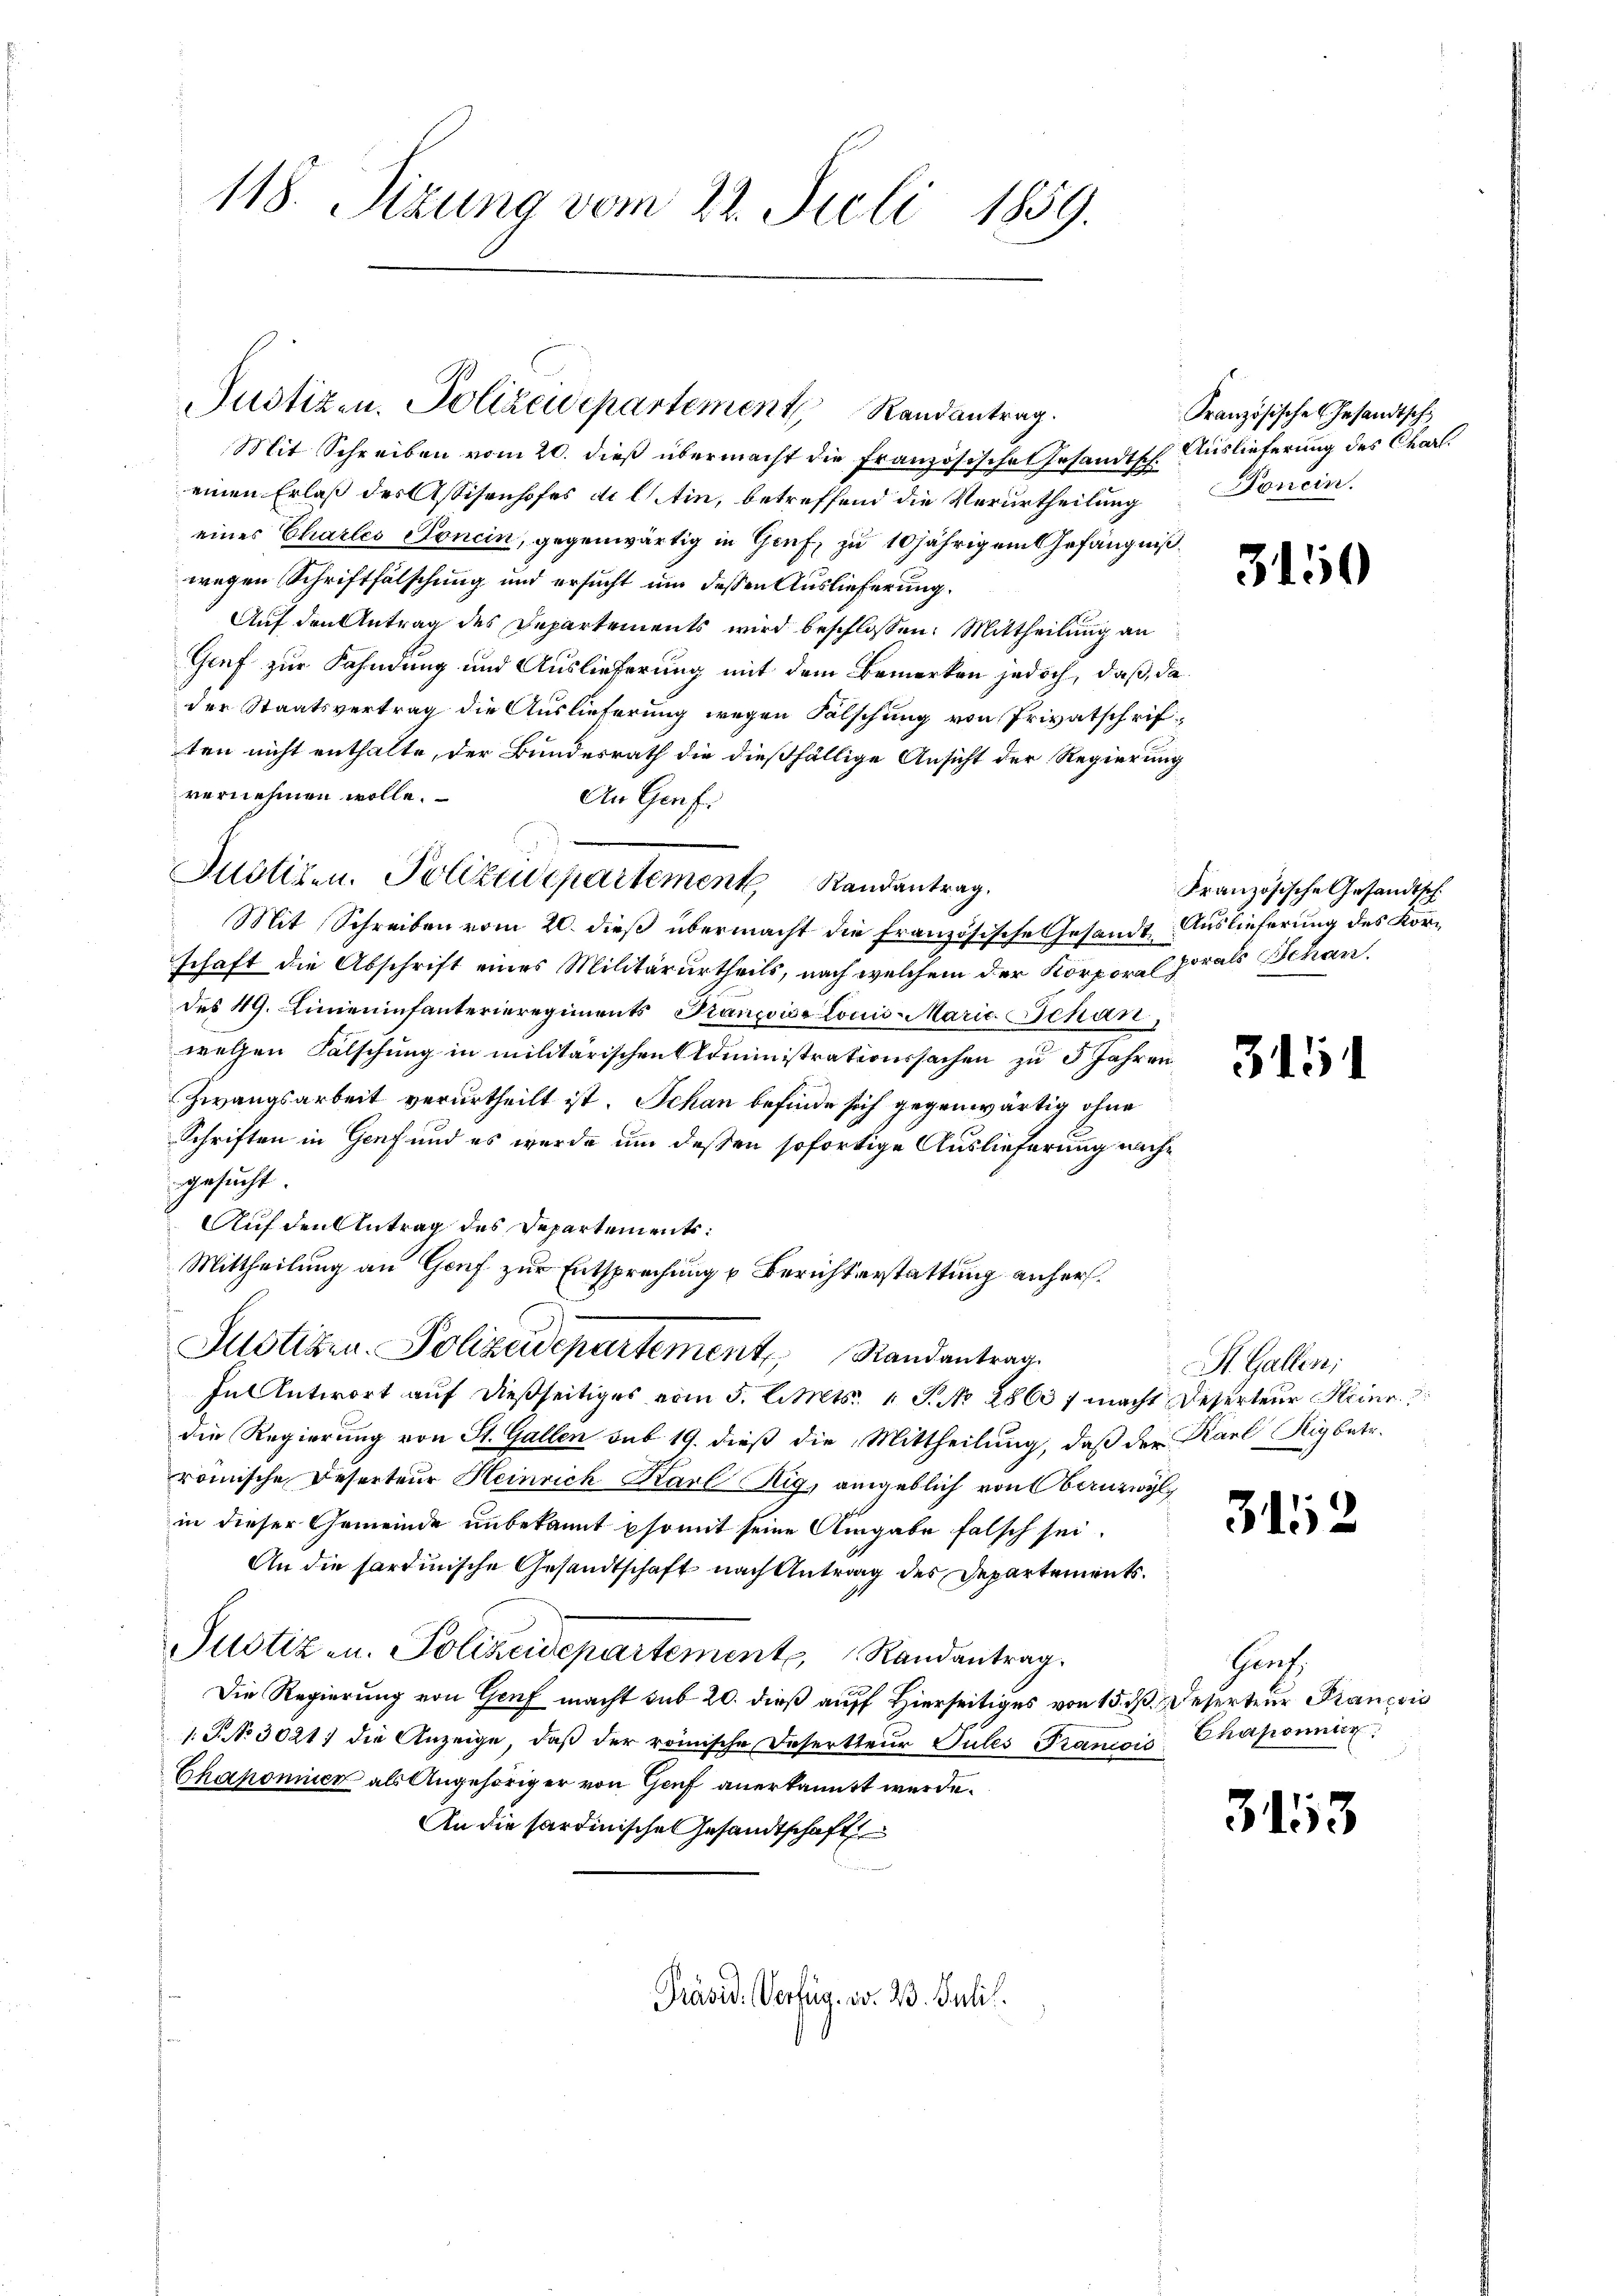
118. Sizung vom 22. Juli 1859.

Mit Schreiben vom 20. dieß übermacht die Französische Gesandtsch. Auslieferung des Charl.
einen Erlaß des Assisenhofes de lin, betreffend die Verurtheilung
eines Charles Tonein, gegenwärtig in Genf, zu 10jährigem Gefängen
wegen Schriftfälschung und ersucht um dessen Auslieferung.
Auf den Antrag des Departements wird beschlossen: Mittheilung an
Genf zur Fahndung und Auslieferung mit dem Bemerken jedoch, daß e
der Staatsvertrag die Auslieferung wegen Falschung von Privatschri
ten nicht enthalte, der Bundesrath die dießfällige Ansicht der Regierun
vernehmen wolle.
An Genf.
Mit Schreiben vom 20. dieß übermacht die französische Gesandtschaft die Abschrift eines Militärurtheils, nach welchem der Korporal porals Schandes 49. Linieninfanterieregiments Panzoise locis-Marie Schan,
welchen Falschung in militärischen Administrationssachen zu 5 Jahren
Zwangsarbeit verurtheilt ist. Schan befinde sich gegenwärtig ohne
Schriften in Genf und es wurde um deßen sofortige Auslieferung nachgesucht
Auf den Antrag des Departements:
Mittheilung an Genf zur Entsprechung u Berichterstattung anhers.
Justiken. Polizeidepartement Randantrag.
In Antwort auf dießseitiges vom 5. Stets. 1 P. No. 28637 macht Deserteur Heinr
die Regierung von St. Gallen sub 19. dieß die Mittheilung, daß der Karl Rig betr.
romische Deserteur Heinrich Karl Rig, angeblich von Bauzwyl,
in dieser Gemeinde unbekannt somit seine Angabe falsch sei.
An die sardinische Gesandtschaft nach Antrag des Departements.
Justiz u. Polizeidepartement Randantrag.
Die Regierung von Genf macht sub 20. dieß auff Hierseitiges von 15. d. Deserteur Prançois
1. J. No 3021) die Anzeige, daβ der römische Deserteŭr Sules Prancois Chaponnier
Chahonier als Angehöriger von Genf anerkannt werde.
An die Sardinische Gesandtschaft
Präsid. Verfüg, No. 23. Juli.

Justizen Polizudepartement Randantrag.

Justizen, Polizeidepartement Randantrag.

Französisches Gesandtsch
Fonein.

e

h

.

3.

0

Französische Gesandtsch
Auslieferung des Kor¬

31

St. Gallen;

352

Heut

3153